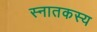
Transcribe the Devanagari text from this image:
स्नातकस्य